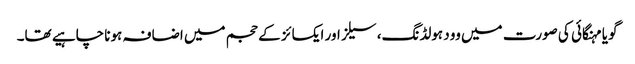
گویا مہنگائی کی صورت میں وود ہولڈنگ، سیلز اور ایکسائز کے حجم میں اضافہ ہونا چاہیے تھا۔